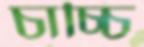
চাচ্চি